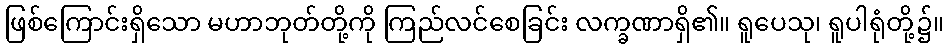
ဖြစ်ကြောင်းရှိသော မဟာဘုတ်တို့ကို ကြည်လင်စေခြင်း လက္ခဏာရှိ၏။ ရူပေသု၊ ရူပါရုံတို့၌။